Civil Veterinary Dept. Assam report 1911-1927 - 1911-1927
Year: 1911
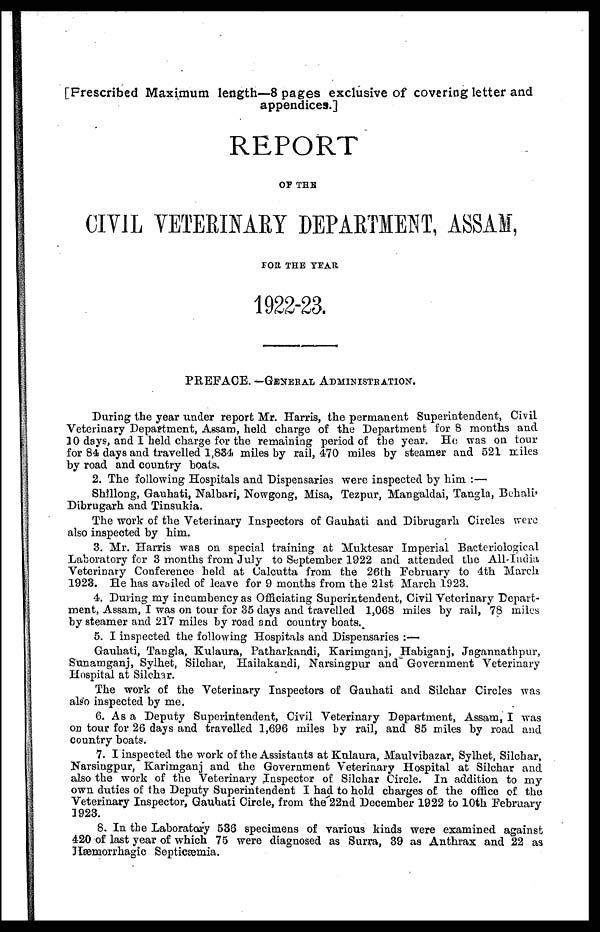
[Prescribed Maximum length—8 pages exclusive of covering letter and
appendices.]
REPORT
OF THE
CIVIL VETERINARY DEPARTMENT, ASSAM,
FOR THE YEAR
1922-23.
PREFACE. —GENERAL ADMINISTRATION.
During the year under report Mr. Harris, the permanent Superintendent, Civil
Veterinary Department, Assam, held charge of the Department for 8 months and
10 days, and I held charge for the remaining period of the year. He was on tour
for 84 days and travelled 1,834 miles by rail, 470 miles by steamer and 521 miles
by road and country boats.
2. The following Hospitals and Dispensaries were inspected by him:—
Shillong, Gauhati, Nalbari, Nowgong, Misa, Tezpur, Mangaldai, Tangla, Behali,
Dibrugarh and Tinsukia.
The work of the Veterinary Inspectors of Gauhati and Dibrugarh Circles were
also inspected by him.
3. Mr. Harris was on special training at Muktesar Imperial Bacteriological
Laboratory for 3 months from July to September 1922 and attended the All-India
Veterinary Conference held at Calcutta from the 26th February to 4th March
1923. He has availed of leave for 9 months from the 21st March 1923.
4. During my incumbency as Officiating Superintendent, Civil Veterinary Depart-
ment, Assam, I was on tour for 35 days and travelled 1,068 miles by rail, 78 miles
by steamer and 217 miles by road and country boats.
5. I inspected the following Hospitals and Dispensaries:—
Gauhati, Tangla, Kulaura, Patharkandi, Karimganj, Habiganj, Jagannathpur,
Sunamganj, Sylhet, Silchar, Hailakandi, Narsingpur and Government Veterinary
Hospital at Silchar.
The work of the Veterinary Inspectors of Gauhati and Silchar Circles was
also inspected by me.
6. As a Deputy Superintendent, Civil Veterinary Department, Assam, I was
on tour for 26 days and travelled 1,696 miles by rail, and 85 miles by road and
country boats.
7. I inspected the work of the Assistants at Kulaura, Maulvibazar, Sylhet, Silchar,
Narsingpur, Karimganj and the Government Veterinary Hospital at Silchar and
also the work of the Veterinary Inspector of Silchar Circle. In addition to my
own duties of the Deputy Superintendent I had to hold charges of the office of the
Veterinary Inspector, Gauhati Circle, from the 22nd December 1922 to 10th February
1923.
8. In the Laboratory 538 specimens of various kinds were examined against
420 of last year of which 75 were diagnosed as Surra, 39 as Anthrax and 22 as
Hæmorrhagic Septicæmia.